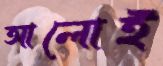
আলোই